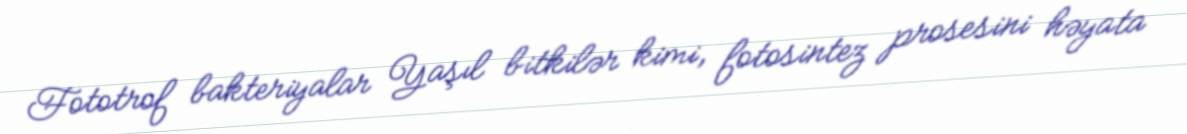
Fototrof bakteriyalar Yaşıl bitkilər kimi, fotosintez prosesini həyata